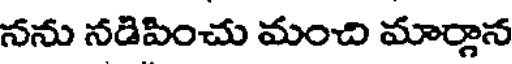
నను నడిపించు మంచి మార్గాన